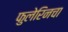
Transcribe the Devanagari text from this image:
फुलेरिनचा